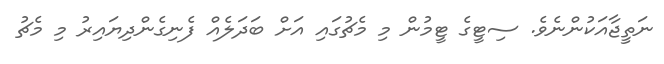
ނަތީޖާއަކުންނެވެ. ސިޓީގެ ޓީމުން މި މެޗުގައި އަށް ބަދަލެއް ފެނިގެންދިޔައިރު މި މެޗު